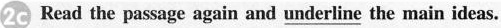
2c Read the passage again and \underline{underline} the main ideas.